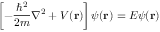
\left[ - { \frac { \hbar ^ { 2 } } { 2 m } } \nabla ^ { 2 } + V ( \mathbf { r } ) \right] \psi ( \mathbf { r } ) = E \psi ( \mathbf { r } )